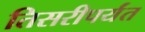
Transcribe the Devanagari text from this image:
तिसरीपर्यंत